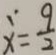
x = \frac { 9 } { 2 }